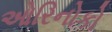
ઓરિનોકો